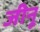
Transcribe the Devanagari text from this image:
जीनू